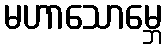
မဟာသောမ္ဘေ